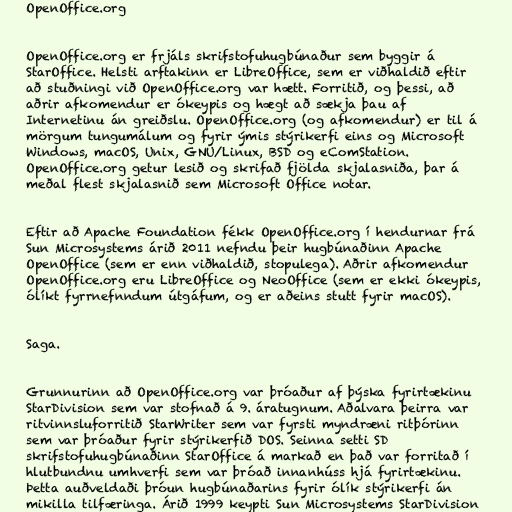
OpenOffice.org

OpenOffice.org er frjáls skrifstofuhugbúnaður sem byggir á
StarOffice. Helsti arftakinn er LibreOffice, sem er viðhaldið eftir
að stuðningi við OpenOffice.org var hætt. Forritið, og þessi, að
aðrir afkomendur er ókeypis og hægt að sækja þau af
Internetinu án greiðslu. OpenOffice.org (og afkomendur) er til á
mörgum tungumálum og fyrir ýmis stýrikerfi eins og Microsoft
Windows, macOS, Unix, GNU/Linux, BSD og eComStation.
OpenOffice.org getur lesið og skrifað fjölda skjalasniða, þar á
meðal flest skjalasnið sem Microsoft Office notar.

Eftir að Apache Foundation fékk OpenOffice.org í hendurnar frá
Sun Microsystems árið 2011 nefndu þeir hugbúnaðinn Apache
OpenOffice (sem er enn viðhaldið, stopulega). Aðrir afkomendur
OpenOffice.org eru LibreOffice og NeoOffice (sem er ekki ókeypis,
ólíkt fyrrnefnndum útgáfum, og er aðeins stutt fyrir macOS).

Saga.

Grunnurinn að OpenOffice.org var þróaður af þýska fyrirtækinu
StarDivision sem var stofnað á 9. áratugnum. Aðalvara þeirra var
ritvinnsluforritið StarWriter sem var fyrsti myndræni ritþórinn
sem var þróaður fyrir stýrikerfið DOS. Seinna setti SD
skrifstofuhugbúnaðinn StarOffice á markað en það var forritað í
hlutbundnu umhverfi sem var þróað innanhúss hjá fyrirtækinu.
Þetta auðveldaði þróun hugbúnaðarins fyrir ólík stýrikerfi án
mikilla tilfæringa. Árið 1999 keypti Sun Microsystems StarDivision